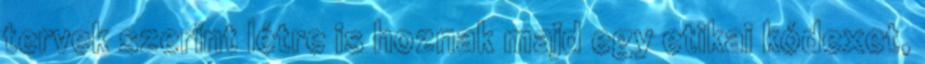
tervek szerint létre is hoznak majd egy etikai kódexet,